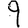
Digit: 9